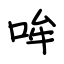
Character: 哞